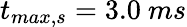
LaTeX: t_{max,s}=3.0~ms